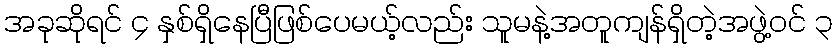
အခုဆိုရင် ၄ နှစ်ရှိနေပြီဖြစ်ပေမယ့်လည်း သူမနဲ့အတူကျန်ရှိတဲ့အဖွဲ့ဝင် ၃